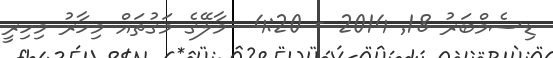
ޑިސެމްބަރު 18